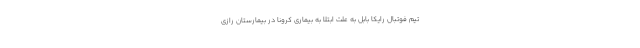
تیم فوتبال رایکا بابل به علت ابتلا به بیماری کرونا در بیمارستان رازی